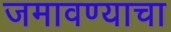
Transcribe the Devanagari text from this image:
जमावण्याचा